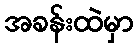
အခန်းထဲမှာ